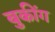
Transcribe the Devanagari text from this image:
बुकींग